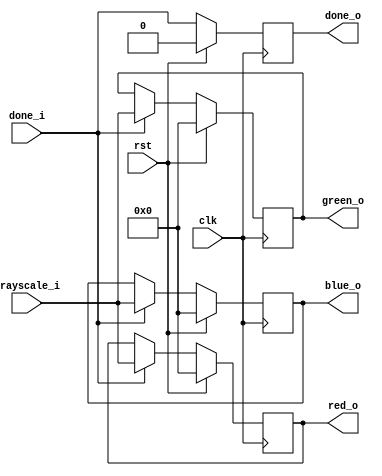
`timescale 1ns / 1ps
//////////////////////////////////////////////////////////////////////////////////
// Company: 
// Engineer: 
// 
// Design Name: 
// Module Name: grayscale_to_rgb
// Project Name: 
// Target Devices: 
// Tool Versions: 
// Description: 
// 
// Dependencies: 
// 
// Revision:
// Revision 0.01 - File Created
// Additional Comments:
// 
//////////////////////////////////////////////////////////////////////////////////


module grayscale_to_rgb(
    input clk,
    input rst,

    input [7 : 0] grayscale_i,
    input done_i,

    output reg [7 : 0] red_o,
    output reg [7 : 0] green_o,
    output reg [7 : 0] blue_o,

    output reg done_o
    );

always @(posedge clk ) begin
    if (rst) begin
        red_o <= 8'd0;
        green_o <= 8'd0;
        blue_o <= 8'd0;
        done_o <= 1'd0;
    end else begin
        if (done_i) begin
            red_o <= grayscale_i;
            green_o <= grayscale_i;
            blue_o <= grayscale_i;
        end
        done_o <= done_i;
    end
end

endmodule